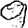
Digit: 9